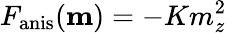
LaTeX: F_{\mathrm{anis}}(\mathbf{m})=-Km_{z}^{2}